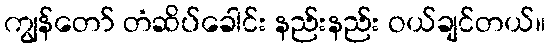
ကျွန်တော် တံဆိပ်ခေါင်း နည်းနည်း ဝယ်ချင်တယ်။